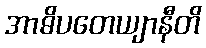
အာဓိပတေယျာနီတိ